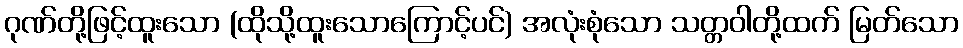
ဂုဏ်တို့ဖြင့်ထူးသော (ထိုသို့ထူးသောကြောင့်ပင်) အလုံးစုံသော သတ္တဝါတို့ထက် မြတ်သော